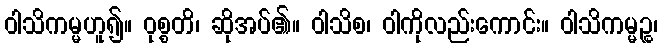
ဝါသိကမ္မဟူ၍။ ဝုစ္စတိ၊ ဆိုအပ်၏။ ဝါသိစ၊ ဝါကိုလည်းကောင်း။ ဝါသိကမ္မဉ္စ၊